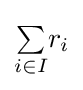
{\textstyle \sum \limits _{i\in I}}r_{i}